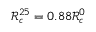
\mathcal { R } _ { c } ^ { 2 5 } = 0 . 8 8 \mathcal { R } _ { c } ^ { 0 }